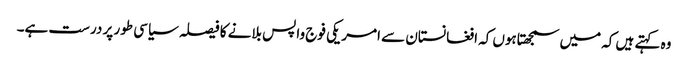
وہ کہتے ہیں کہ میں سمجھتاہوں کہ افغانستان سے امریکی فوج واپس بلانے کا فیصلہ سیاسی طور پر درست ہے۔